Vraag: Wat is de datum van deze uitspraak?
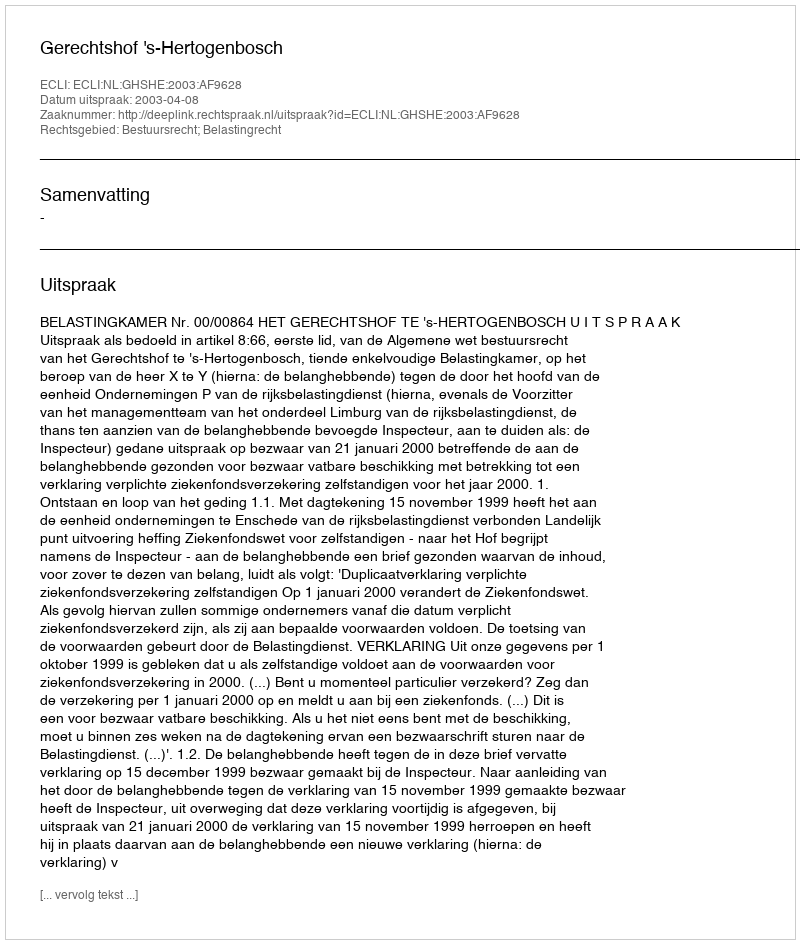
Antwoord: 2003-04-08